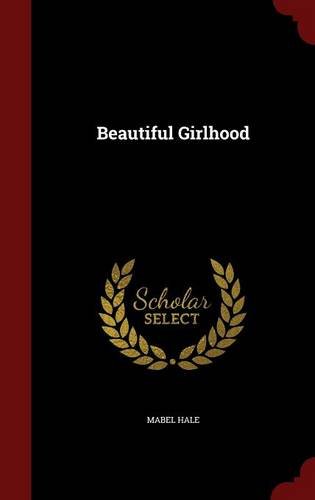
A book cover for Beautiful Girlhood; Mabel Hale; Christian Books & Bibles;